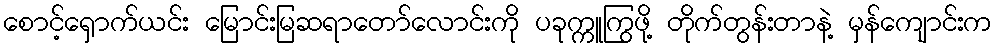
စောင့်ရှောက်ယင်း မြောင်းမြဆရာတော်လောင်းကို ပခုက္ကူကြွဖို့ တိုက်တွန်းတာနဲ့ မှန်ကျောင်းက